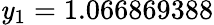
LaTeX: \mathit{y}_{1}=1.066869388